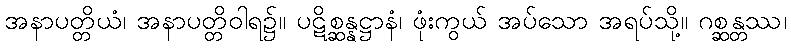
အနာပတ္တိယံ၊ အနာပတ္တိဝါရ၌။ ပဋိစ္ဆန္နဋ္ဌာနံ၊ ဖုံးကွယ် အပ်သော အရပ်သို့။ ဂစ္ဆန္တဿ၊